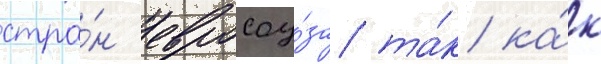
стра́н евросоу́за та́к ка́к